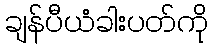
ချန်ပီယံခါးပတ်ကို